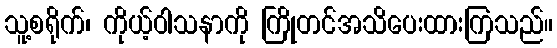
သူ့စရိုက်၊ ကိုယ့်ဝါသနာကို ကြိုတင်အသိပေးထားကြသည်။